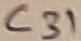
Text: C31